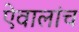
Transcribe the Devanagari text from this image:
ऐवालांच